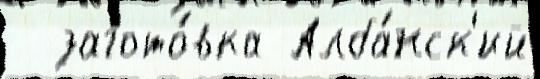
  загото́вка Алба́нск'ий